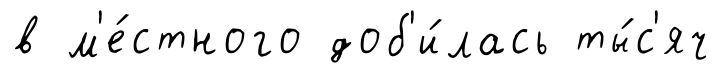
в м'е́стного доб'и́лась ты́с'яч